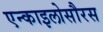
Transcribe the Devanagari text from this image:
एन्काइलोसौरस